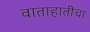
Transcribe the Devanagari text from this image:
वाताहातीचा